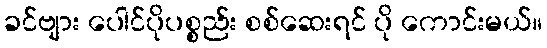
ခင်ဗျား ပေါင်ပိုပစ္စည်း စစ်ဆေးရင် ပို ကောင်းမယ်။